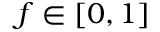
f \in [ 0 , 1 ]